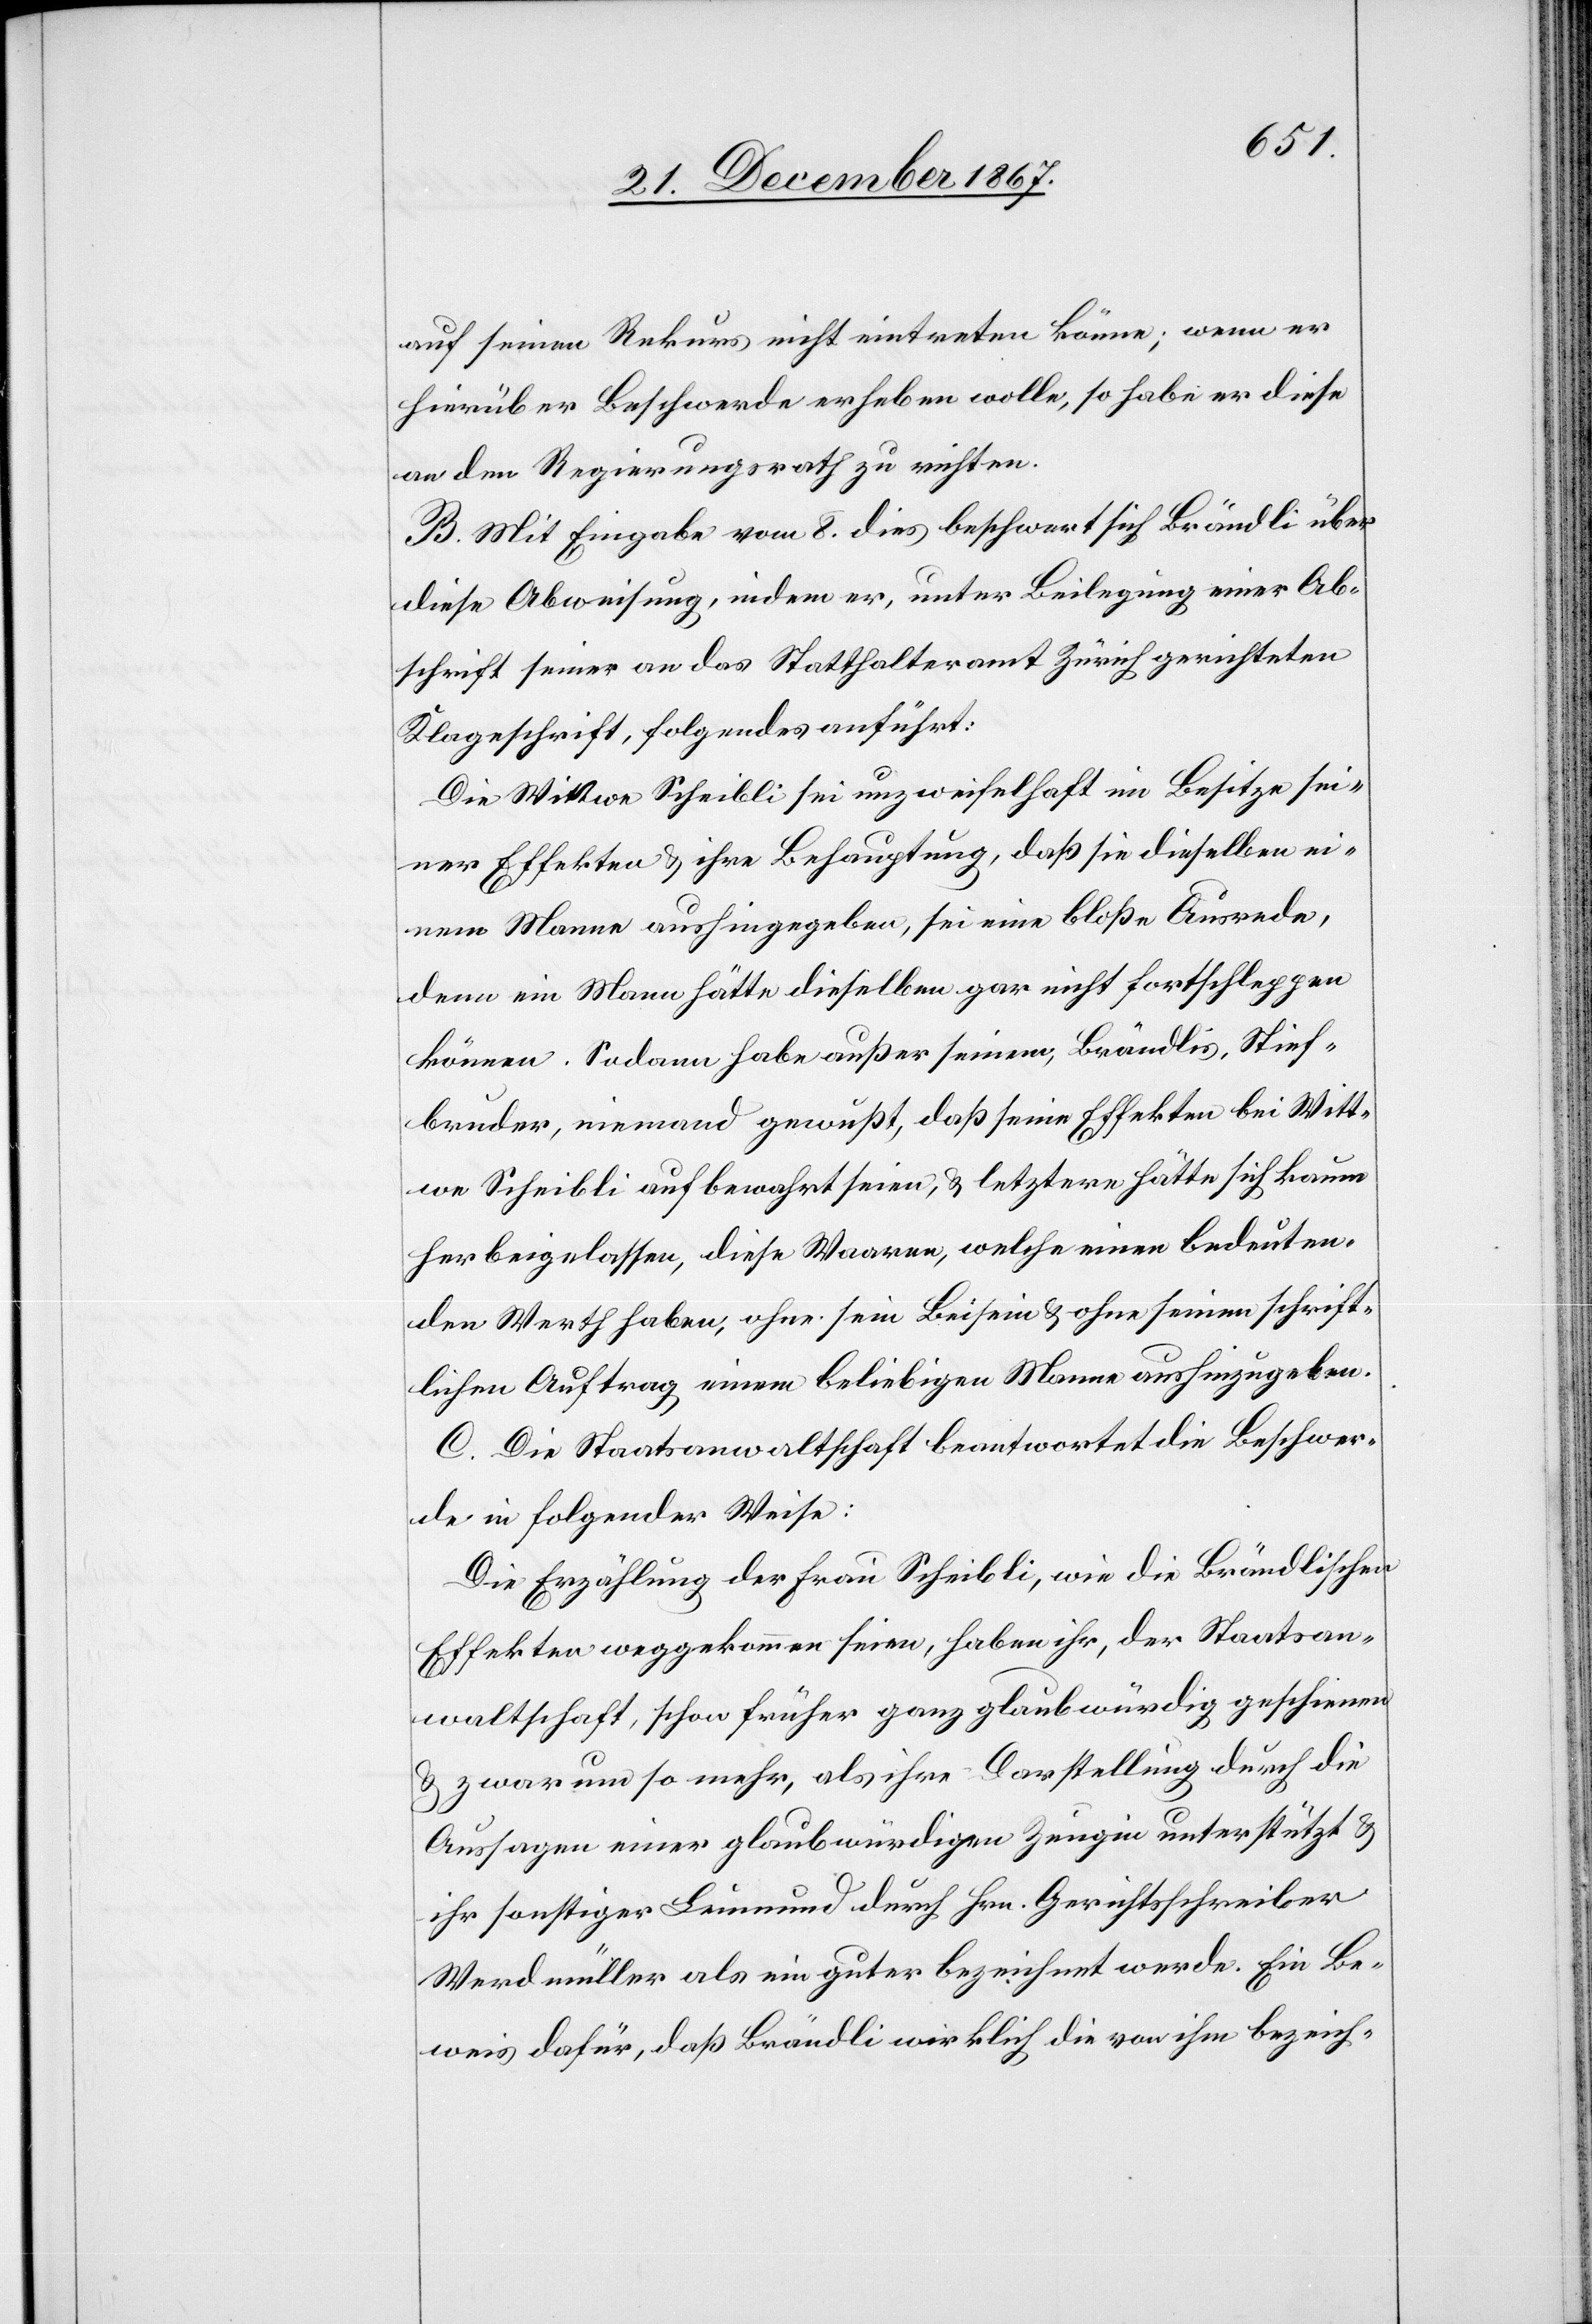
auf seinen Rekurs nicht eintreten könne; wenn er
hierüber Beschwerde erheben wolle, so habe er diese
an den Regierungsrath zu richten.
B. Mit Eingabe vom 8. dies beschwert sich Brändli über
diese Abweisung, indem er, unter Beilegung einer Ab¬
schrift seiner an das Statthalteramt Zürich gerichteten
Klageschrift, folgendes anführt:
Die Wittwe Scheibli sei unzweifelhaft im Besitze sei¬
ner Effekten u. ihre Behauptung, daß sie dieselben ei¬
nem Manne aushingegeben, sei eine bloße Ausrede,
denn ein Mann hätte dieselben gar nicht fortschleppen
können. Sodann habe außer seinem, Brändlis, Stief¬
bruder, niemand gewußt, daß seine Effekten bei Witt¬
we Scheibli aufbewahrt seien, u letztere hätte sich kaum
herbeigelassen, diese Waaren, welche einen bedeuten¬
den Werth haben, ohne sein Beisein u. ohne seinen schrift¬
lichen Auftrag einem beliebigen Manne aushinzugeben.
C. Die Staatsanwaltschaft beantwortet die Beschwer¬
de in folgender Weise:
Die Erzählung der Frau Scheibli, wie die Brändlischen
Effekten weggekommen seien, haben ihr, der Staatsan¬
waltschaft, schon früher ganz glaubwürdig geschienen
u. zwar um so mehr, als ihre Darstellung durch die
Aussagen einer glaubwürdigen Zeugin unterstützt u.
ihr sonstiger Leumund durch Hrn. Gerichtsschreiber
Werdmüller als ein guter bezeichnet werde. Ein Be¬
weis dafür, daß Brändli wirklich die von ihm bezeich-